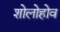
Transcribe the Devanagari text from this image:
शोलोहोव